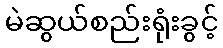
မဲဆွယ်စည်းရုံးခွင့်